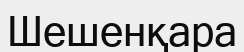
Шешенқара